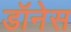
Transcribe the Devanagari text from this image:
डॉनेस